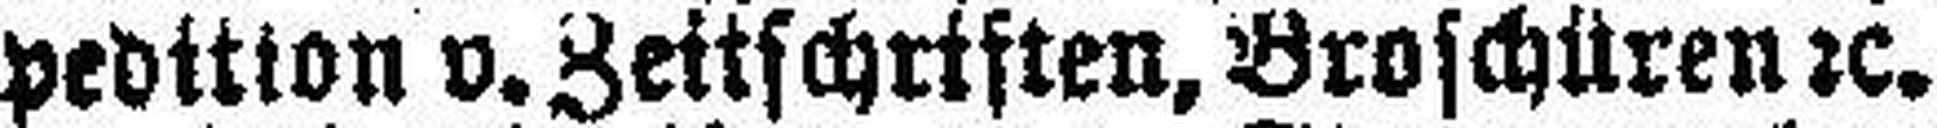
pedition v. Zeitschriften, Broschüren 2c.